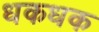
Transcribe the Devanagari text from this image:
धकधक